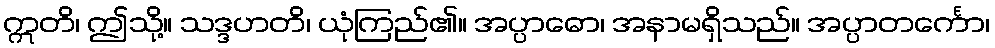
ဣတိ၊ ဤသို့။ သဒ္ဒဟတိ၊ ယုံကြည်၏။ အပ္ပာဓော၊ အနာမရှိသည်။ အပ္ပာတင်္ကော၊